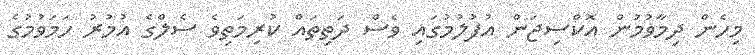
މިހެން ދިމާވުމުން އޮކްސިޖަން އުފުލުމުގައި ވެސް ދަތިތައް ކުރިމަތިވެ ސެލްގެ އުމުރު ހަމަވުމުގެ